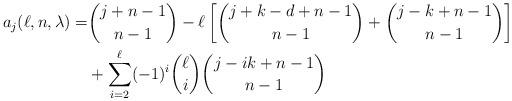
LaTeX: \begin{align*}a_j (\ell, n, \lambda) = & \binom{j+n-1}{n-1} - \ell \left [ \binom{j + k - d+ n-1}{n-1} + \binom{j - k + n-1}{n-1} \right ] \\& + \sum_{i=2}^\ell (-1)^i \binom{\ell}{i} \binom{j - i k + n-1}{n-1} \end{align*}